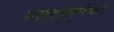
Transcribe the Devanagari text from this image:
ग्वादालुपेच्या